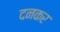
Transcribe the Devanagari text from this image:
दनकर